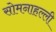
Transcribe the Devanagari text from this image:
सोमनाहल्ली